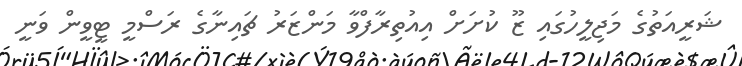
ޝަރީއަތުގެ މަޖިލީހުގައި ޒޫ ކުށަށް އިއުތިރާފްވާ މަންޒަރު ޗައިނާގެ ރަސްމީ ޓީވީން ވަނީ